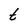
Character: t